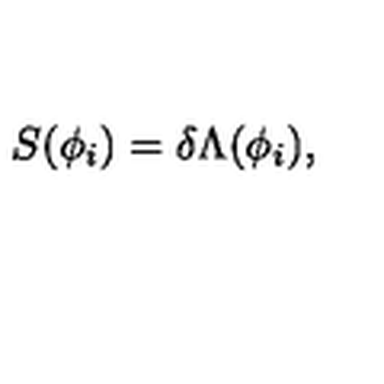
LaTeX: S ( \phi _ { i } ) = \delta \Lambda ( \phi _ { i } ) ,